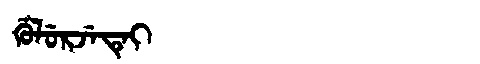
Manchu: ᡤᡠᠯᡠᡵᠵᡝᡨᡝᡳ
Romanization: GULURJETEI